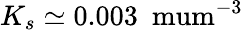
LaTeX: K_{s}\simeq 0.003~\mathrm{\ mum^{-3}}